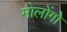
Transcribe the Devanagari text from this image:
मोलोंगो